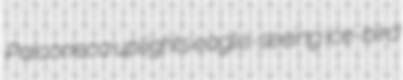
Paiconeca uplights eagle-seeing ice-bird